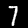
Label: 7